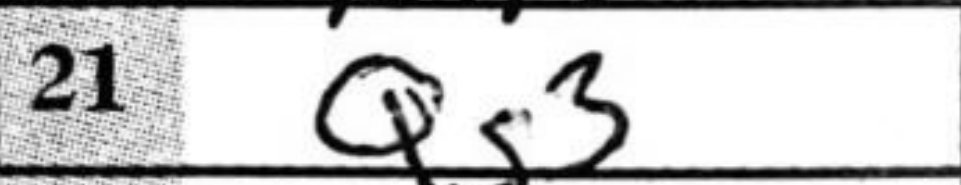
Transcription: Qg3